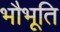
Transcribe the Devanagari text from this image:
भौभूति